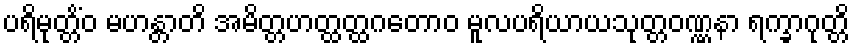
ပရိမုတ္တိံဝ မဟန္တာတိ အမိတ္တဟတ္ထတ္ထဂတောဝ မူလပရိယာယသုတ္တဝဏ္ဏနာ ရက္ခာဂုတ္တိ